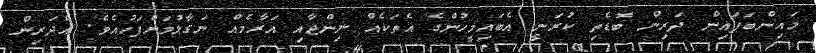
މައިންބަފައިން ދަރިން ބޮޑެތި ކުރަނީ އެބައިމީހުންގެ އެތަކެއް ނިންޖާއި އަރާމެއް ނަގާލުމަށްފަހުއެވެ. އެދަރިން